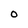
Character: O